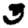
Digit: 3